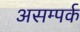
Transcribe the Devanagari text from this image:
असम्पर्क